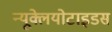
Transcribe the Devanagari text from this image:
न्यूक्लेयोटाइडस